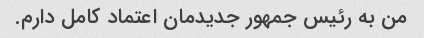
من به رئیس جمهور جدیدمان اعتماد کامل دارم.